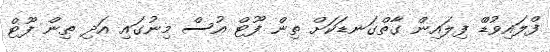
ފްލައިވުޑްް ފިލައިން ގާތްގަނޑަކަށް ތިން ފޫޓް އުސް މިނުގައި އަދި ތިން ފޫޓް